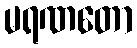
မရဏတော